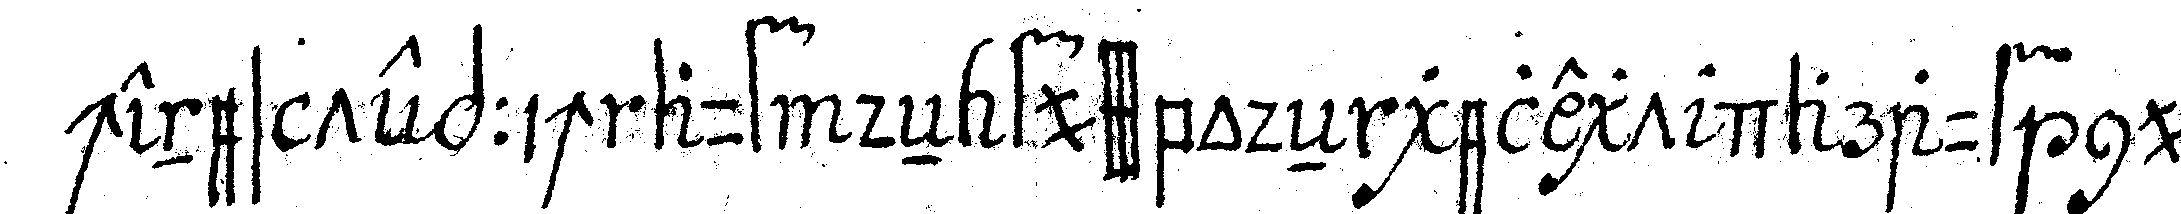
chenes teppichrauf deN fussbodeN gelegt darauf nur